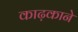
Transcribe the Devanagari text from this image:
काढ़काने